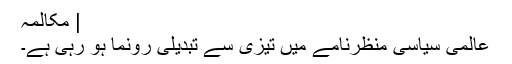
| مکالمہ
عالمی سیاسی منظرنامے میں تیزی سے تبدیلی رونما ہو رہی ہے۔